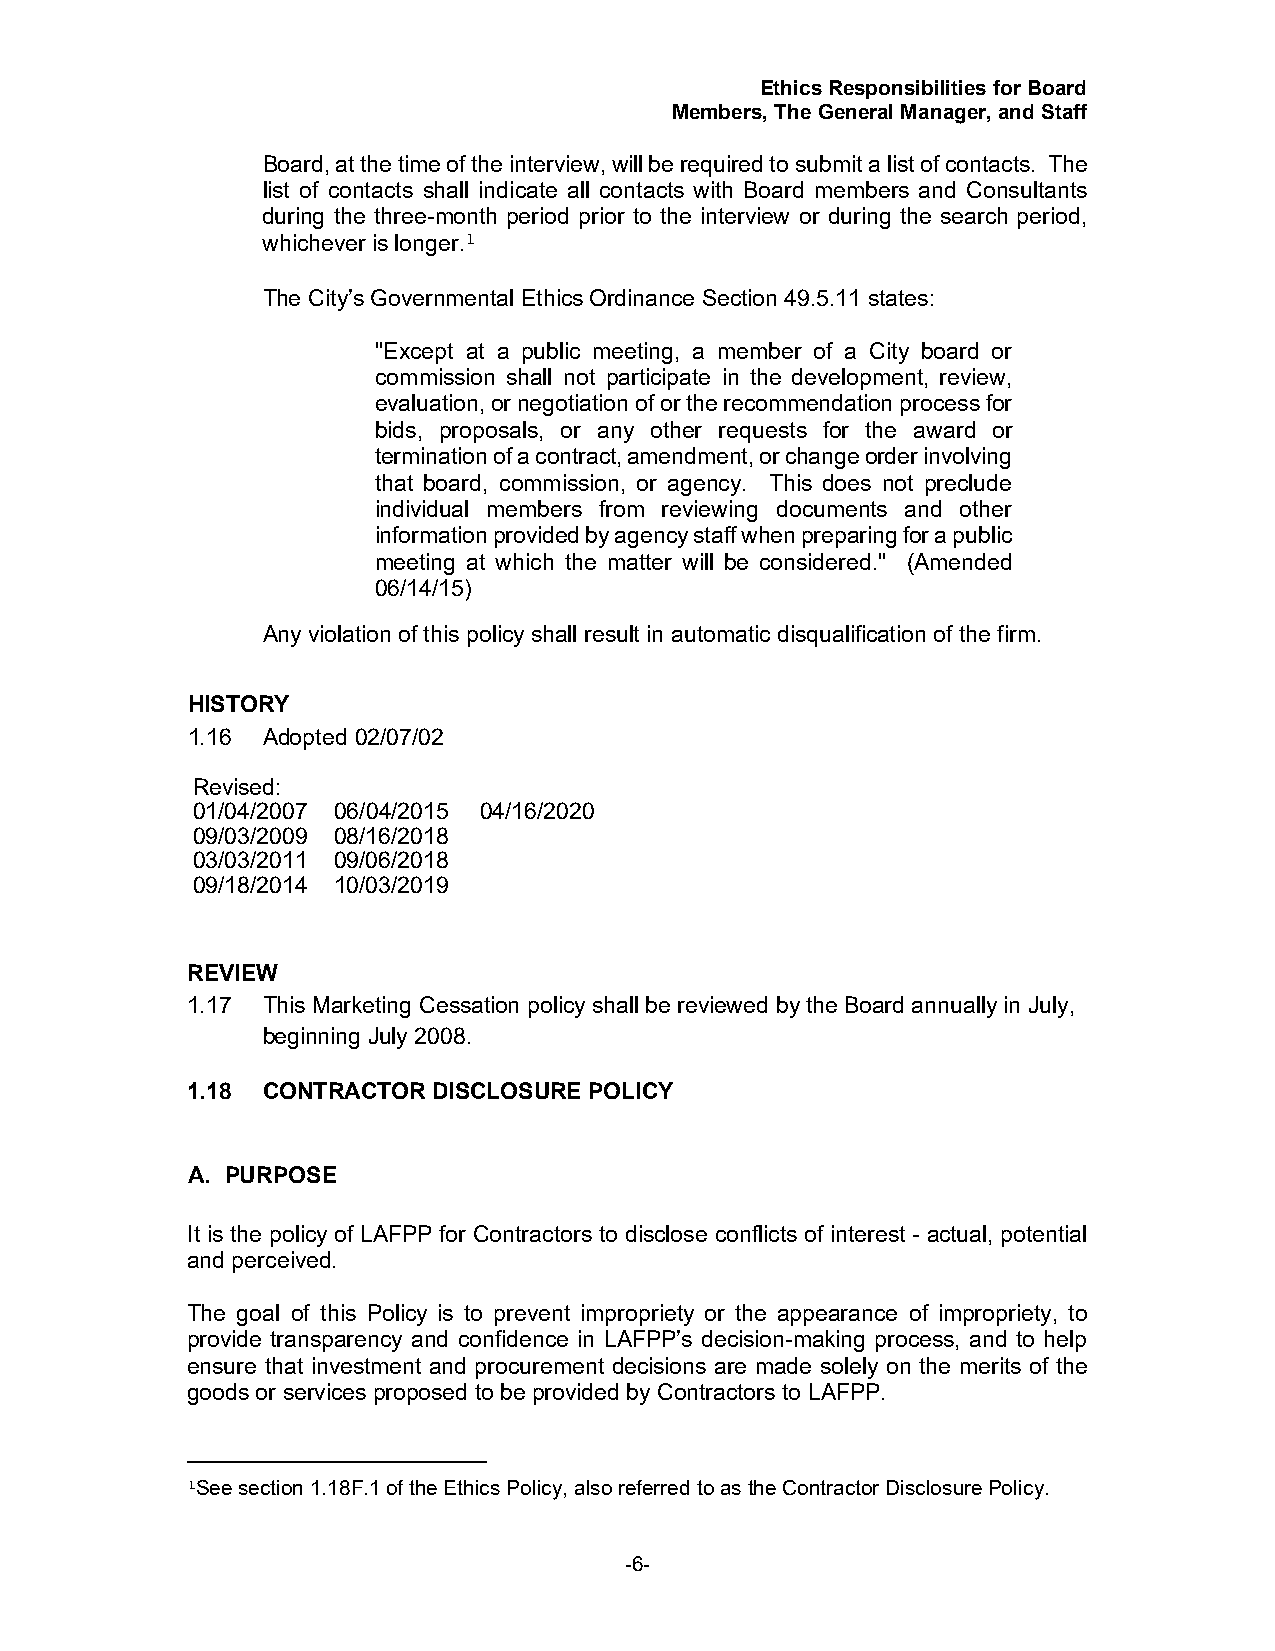
Ethics Responsibilities for Board
 Members, The General Manager, and Staff
 Board, at the time of the interview, will be required to submit a list of contacts. The
 list of contacts shall indicate all contacts with Board members and Consultants
 during the three-month period prior to the interview or during the search period,
 whichever is longer.1
 The City’s Governmental Ethics Ordinance Section 49.5.11 states:
 "Except at a public meeting, a member of a City board or
 commission shall not participate in the development, review,
 evaluation, or negotiation of or the recommendation process for
 bids, proposals, or any other requests for the award or
 termination of a contract, amendment, or change order involving
 that board, commission, or agency. This does not preclude
 individual members from reviewing documents and other
 information provided by agency staff when preparing for a public
 meeting at which the matter will be considered." (Amended
 06/14/15)
 Any violation of this policy shall result in automatic disqualification of the firm.
 HISTORY
 1.16 Adopted 02/07/02
 Revised:
 01/04/2007 06/04/2015 04/16/2020
 09/03/2009 08/16/2018
 03/03/2011 09/06/2018
 09/18/2014 10/03/2019
 REVIEW
 1.17 This Marketing Cessation policy shall be reviewed by the Board annually in July,
 beginning July 2008.
 1.18 CONTRACTOR  DISCLOSURE POLICY
 A. PURPOSE
 It is the policy of LAFPP for Contractors to disclose conflicts of interest - actual, potential
 and perceived.
 The goal of this Policy is to prevent impropriety or the appearance of impropriety, to
 provide transparency and confidence in LAFPP’s decision-making process, and to help
 ensure that investment and procurement decisions are made solely on the merits of the
 goods or services proposed to be provided by Contractors to LAFPP.
 1See section 1.18F.1 of the Ethics Policy, also referred to as the Contractor Disclosure Policy.
 -6-